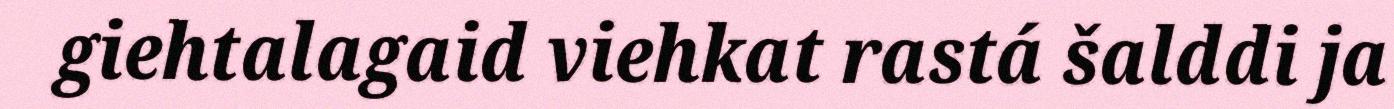
giehtalagaid viehkat rastá šalddi ja